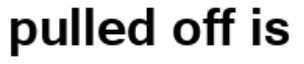
pulled off is